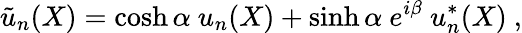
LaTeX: {\tilde{u}}_{n}(X)=\cosh\alpha~u_{n}(X)+\sinh\alpha~e^{i\beta}~u_{n}^{*}(X)~,